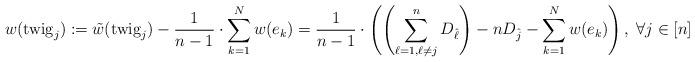
LaTeX: \begin{align*} w(\mbox{twig}_j) := \tilde w (\mbox{twig}_j) - \frac{1}{n-1} \cdot \sum_{k=1}^{N} w(e_k) = \frac{1}{n-1} \cdot \left(\left( \sum_{\ell=1 , \ell \neq j}^n D_{\hat \ell}\right) - nD_{\hat j} - \sum_{k=1}^{N} w(e_k) \right), \; \forall j\in [n] \end{align*}